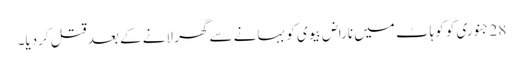
28 جنوری کو کوہاٹ میں ناراض بیوی کو بہانے سے گھر لانے کے بعد قتل کردیا۔